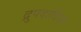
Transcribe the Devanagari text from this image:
द्रुपदादित्य